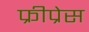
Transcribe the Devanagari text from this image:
फ्रीप्रेस